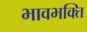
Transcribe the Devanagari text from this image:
भावभक्ति